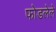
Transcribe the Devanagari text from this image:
फोडलेले